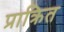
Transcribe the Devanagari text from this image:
प्राक्रित